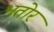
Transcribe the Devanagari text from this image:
भतोर